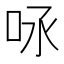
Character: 𠰿